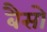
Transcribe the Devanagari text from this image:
बैसो